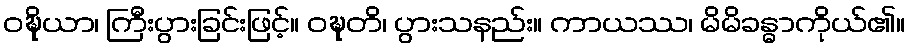
ဝဍ္ဎိယာ၊ ကြီးပွားခြင်းဖြင့်။ ဝဍ္ဎတိ၊ ပွားသနည်း။ ကာယဿ၊ မိမိခန္ဓာကိုယ်၏။